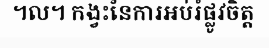
។ល។ កង្វះនៃការអប់រំផ្លូវចិត្ត